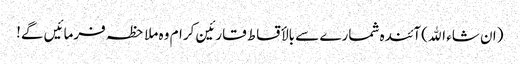
(ان شاء اﷲ) آئندہ شمارے سے بالأقساط قارئین کرام وہ ملاحظہ فرمائیں گے!